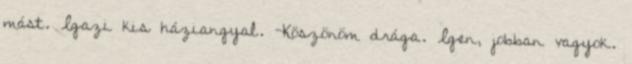
mást. Igazi kis háziangyal. -Köszönöm drága. Igen, jobban vagyok.